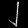
Digit: ၂